Anatomy and histology of ticks - Number 23
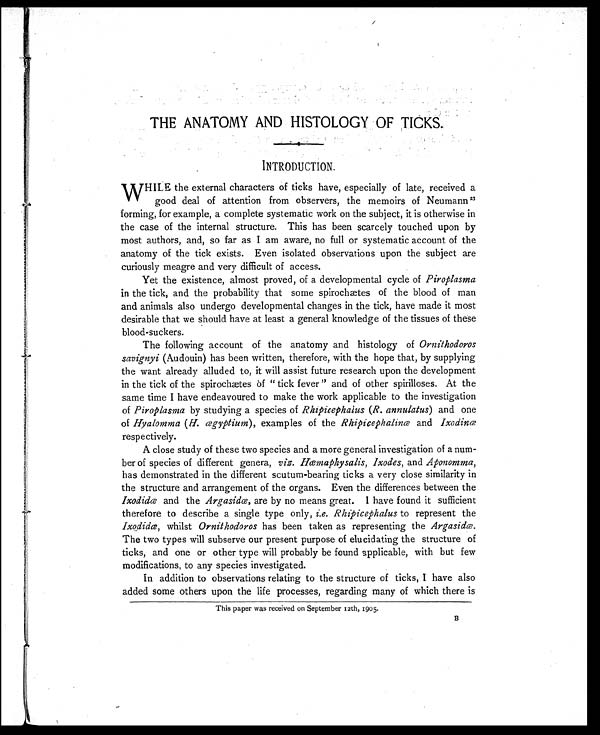
THE ANATOMY AND HISTOLOGY OF TICKS.
INTRODUCTION.
W HILE the external characters of ticks have, especially of late, received a
good deal of attention from observers, the memoirs of Neumann 23
forming, for example, a complete systematic work on the subject, it is otherwise in
the case of the internal structure. This has been scarcely touched upon by
most authors, and, so far as I am aware, no full or systematic account of the
anatomy of the tick exists. Even isolated observations upon the subject are
curiously meagre and very difficult of access.
Yet the existence, almost proved, of a developmental cycle of Piroplasma
in the tick, and the probability that some spirochætes of the blood of man
and animals also undergo developmental changes in the tick, have made it most
desirable that we should have at least a general knowledge of the tissues of these
blood-suckers.
The following account of the anatomy and histology of Ornithodoros
savignyi (Audouin) has been written, therefore, with the hope that, by supplying
the want already alluded to, it will assist future research upon the development
in the tick of the spirochaætes of " tick fever " and of other spirilloses. At the
same time I have endeavoured to make the work applicable to the investigation
of Piroplasma by studying a species of Rhipicephalus (R. annulatus) and one
of Hyalomma(H. ægyptium), examples of theRhipicephalinæandIxodinæ
respectively.
A close study of these two species and a more general investigation of a num-
ber of species of different genera, viz. Hæmaphysalis, Ixodes, and Aponomma,
has demonstrated in the different scutum-bearing ticks a very close similarity in
the structure and arrangement of the organs. Even the differences between the
Ixodidæ and the Argasidæ, are by no means great. I have found it sufficient
therefore to describe a single type only, i.e. Rhipicephalus to represent the
Ixodidæ, whilst Ornithodoros has been taken as representing the Argasidæ.
The two types will subserve our present purpose of elucidating the structure of
ticks, and one or other type will probably be found applicable, with but few
modifications, to any species investigated.
In addition to observations relating to the structure of ticks, I have also
added some others upon the life processes, regarding many of which there is
This paper was received on September 12th, 1905.
B